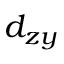
d _ { z y }